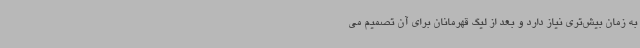
به زمان بیش‌تری نیاز دارد و بعد از لیگ قهرمانان برای آن تصمیم می‌